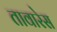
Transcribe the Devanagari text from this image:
तावारेस